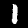
Label: 1